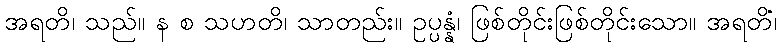
အရတိ၊ သည်။ န စ သဟတိ၊ သာတည်း။ ဥပ္ပန္နံ၊ ဖြစ်တိုင်းဖြစ်တိုင်းသော။ အရတိံ၊